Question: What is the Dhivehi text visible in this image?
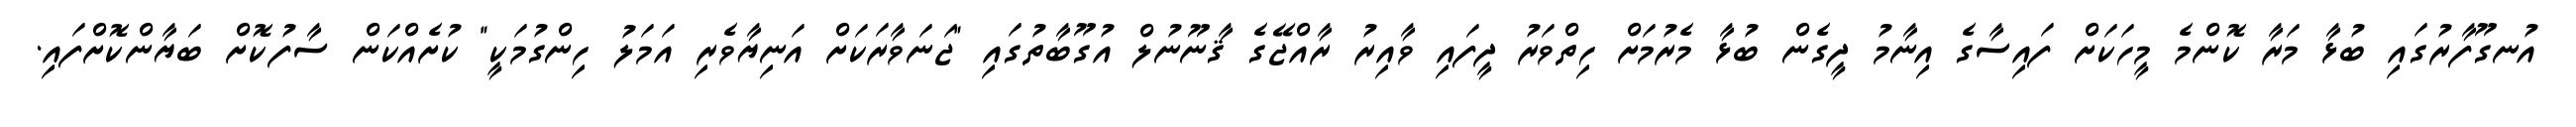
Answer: އުނގޫފާރުގައި ބުޅާ މަރާ ކޮންމެ މީހަކަށް ފައިސާގެ އިނާމު ދީގެން ބުޅާ މެރުމަށް ހިތްވަރު ދީފައި ވާއިރު ރާއްޖޭގެ ޤާނޫނުލް އުގޫބާތުގައި "ޖަނަވާރަކަށް އަނިޔާވެރި އަމަލު ހިންގުމަކީ" ކުށެއްކަން ސާފުކޮށް ބަޔާންކޮށްފައި.